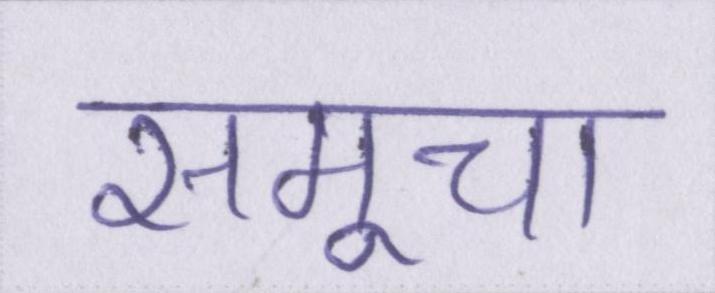
समूचा